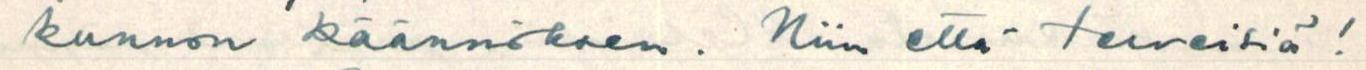
kunnon käännöksen. Niin että terveisiä!